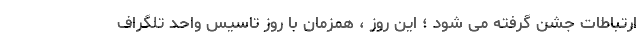
ارتباطات جشن گرفته می شود ؛ این روز ، همزمان با روز تاسیس واحد تلگراف